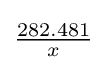
\textstyle {\frac {282.481}{x}}